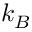
k _ { B }